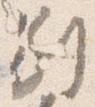
別